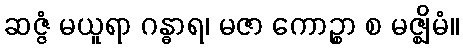
ဆဇ္ဇံ မယူရာ ဂန္ဓာရ၊ မဇာ ကောဉ္စာ စ မဇ္ဈိမံ။